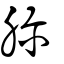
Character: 胗